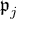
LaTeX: { \mathfrak { p } } _ { j }